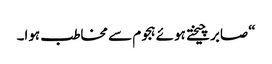
“صابر چیختے ہوئے ہجوم سے مخاطب ہوا۔